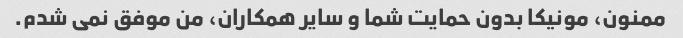
ممنون، مونیکا بدون حمایت شما و سایر همکاران، من موفق نمی شدم.